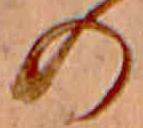
の